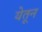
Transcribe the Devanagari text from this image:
येतून